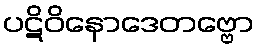
ပဋိဝိနောဒေတဗ္ဗော